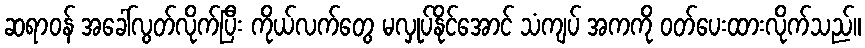
ဆရာဝန် အခေါ်လွတ်လိုက်ပြီး ကိုယ်လက်တွေ မလှုပ်နိုင်အောင် သံကျပ် အကကို ဝတ်ပေးထားလိုက်သည်။